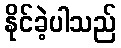
နိုင်ခဲ့ပါသည်